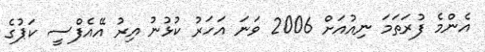
އެންމެ ފުރަތަމަ ނިއުއަށް 2006 ވަނަ އަހަރު ކުޅުނު އިރު އޭއެފްސީ ކަޕުގެ